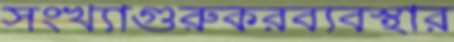
সংখ্যাগুরুকরব্যবস্থার